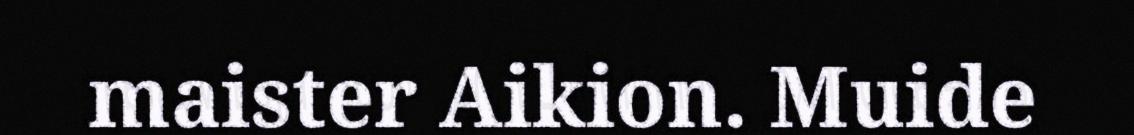
maister Aikion. Muide